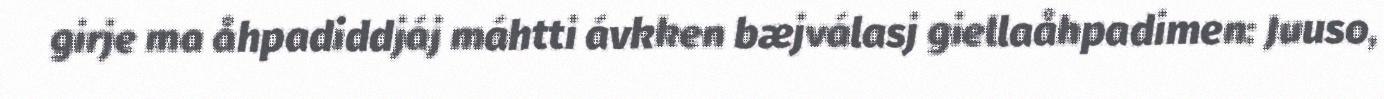
girje ma åhpadiddjáj máhtti ávkken bæjválasj giellaåhpadimen: Juuso,